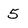
Character: 5